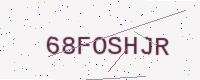
Text: 68FOSHJR